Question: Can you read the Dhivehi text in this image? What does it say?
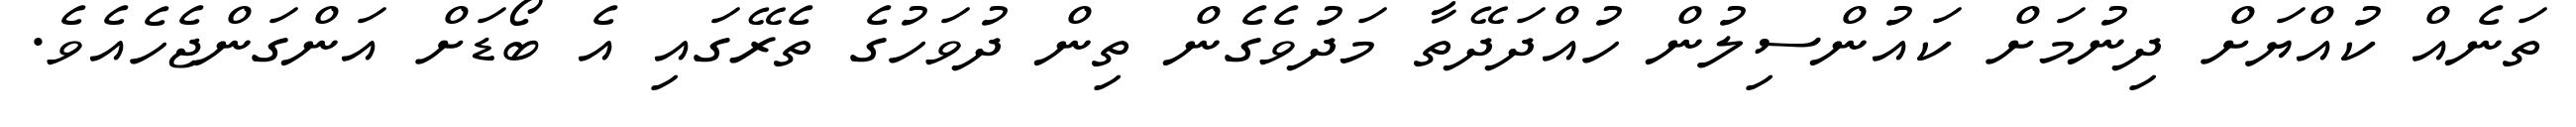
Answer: ތަނެއް ކުއްޔަށް ދިނުމަށް ކައުންސިލުން ހުއްދަދޭތާ މަދުވެގެން ތިން ދުވަހުގެ ތެރޭގައި އެ ބޯޑަށް އަންގަންޖެހެއެވެ.